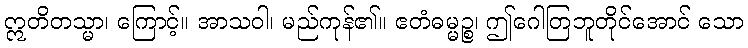
ဣတိတသ္မာ၊ ကြောင့်။ အာသဝါ၊ မည်ကုန်၏။ ဧတံဓမ္မဉ္စ၊ ဤဂေါတြဘူတိုင်အောင် သော